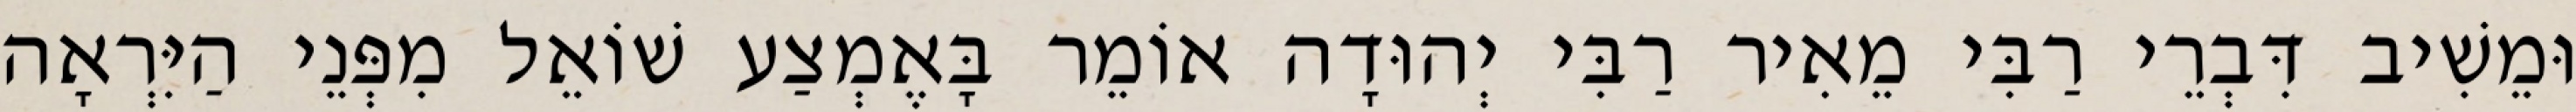
וּמֵשִׁיב דִּבְרֵי רַבִּי מֵאִיר רַבִּי יְהוּדָה אוֹמֵר בָּאֶמְצַע שׁוֹאֵל מִפְּנֵי הַיִּרְאָה